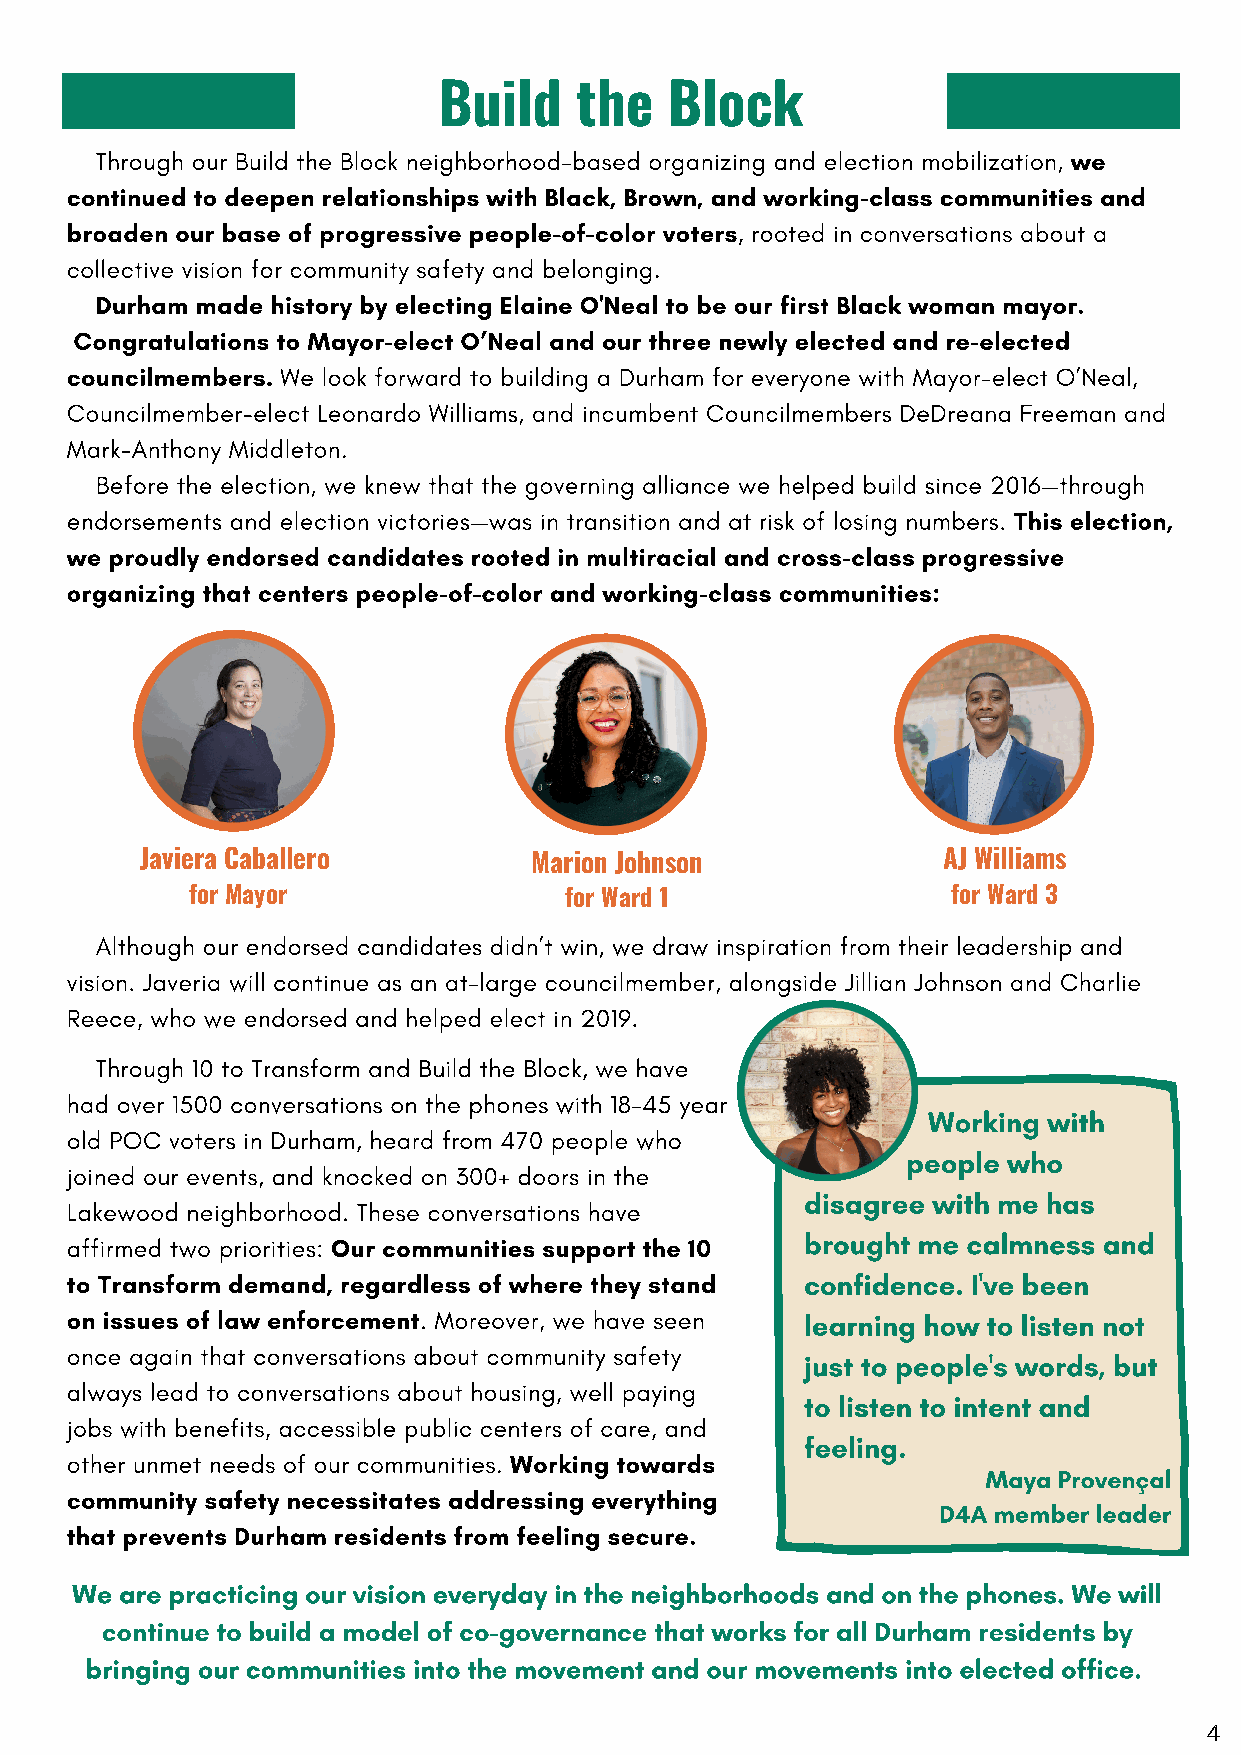
Build    the   Block
 Through our Build the Block neighborhood-based organizing and election mobilization, we
 continued to deepen relationships with Black, Brown, and working-class communities and
 broaden our base of progressive people-of-color voters, rooted in conversations about a
 collective vision for community safety and belonging.
 Durham made history by electing Elaine O'Neal to be our first Black woman mayor.
 Congratulations to Mayor-elect O’Neal and our three newly elected and re-elected
 councilmembers. We look forward to building a Durham for everyone with Mayor-elect O’Neal,
 Councilmember-elect Leonardo Williams, and incumbent Councilmembers DeDreana Freeman and
 Mark-Anthony Middleton.
 Before the election, we knew that the governing alliance we helped build since 2016 —through
 endorsements and election victories —was in transition and at risk of losing numbers. This election,
 we proudly endorsed candidates rooted in multiracial and cross-class progressive
 organizing that centers people-of-color and working-class communities:
 Javiera Caballero         Marion Johnson             AJ Williams
 for Mayor                for Ward 1                for Ward 3
 Although our endorsed candidates didn’t win, we draw inspiration from their leadership and
 vision. Javeria will continue as an at-large councilmember, alongside Jillian Johnson and Charlie
 Reece, who we endorsed and helped elect in 2019.
 Through 10 to Transform and Build the Block, we have
 had over 1500 conversations on the phones with 18-45 year
 Working with
 old POC voters in Durham, heard from 470 people who
 people who
 joined our events, and knocked on 300+ doors in the
 disagree with me has
 Lakewood neighborhood. These conversations have
 brought me calmness and
 affirmed two priorities: Our communities support the 10
 to Transform demand, regardless of where they stand confidence. I've been
 on issues of law enforcement. Moreover, we have seen learning how to listen not
 once again that conversations about community safety
 just to people's words, but
 always lead to conversations about housing, well paying
 to listen to intent and
 jobs with benefits, accessible public centers of care, and
 feeling.
 other unmet needs of our communities. Working towards
 Maya Provençal
 community safety necessitates addressing everything
 D4A member leader
 that prevents Durham residents from feeling secure.
 We are practicing our vision everyday in the neighborhoods and on the phones. We will
 continue to build a model of co-governance that works for all Durham residents by
 bringing our communities into the movement and our movements into elected office.
 4